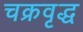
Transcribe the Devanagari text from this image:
चक्रवृद्ध